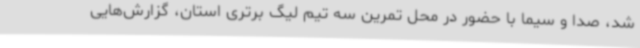
شد، صدا و سیما با حضور در محل تمرین سه تیم لیگ برتری استان، گزارش‌هایی